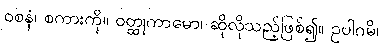
ဝစနံ၊ စကားကို။ ဝတ္ထုကာမော၊ ဆိုလိုသည့်ဖြစ်၍။ ဥပါဂမိ၊